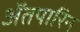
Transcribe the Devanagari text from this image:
अॅतपारिन